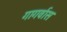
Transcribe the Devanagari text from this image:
गागर्वास